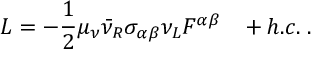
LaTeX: L = - \frac { 1 } { 2 } \mu _ { \nu } \bar { \nu } _ { R } \sigma _ { \alpha \beta } \nu _ { L } F ^ { \alpha \beta } \; \; \; + h . c . \; .